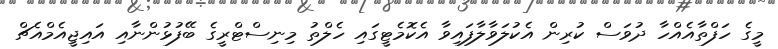
މީގެ ހަފްތާއެއްހާ ދުވަސް ކުރިން އެކުލަވާލާފައިވާ އެކޮމެޓީގައި ހެލްތު މިނިސްޓްރީގެ ބޭފުޅުންނާއި އައިޖީއެމްއެޗް